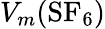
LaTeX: V_{m}(\mathrm{SF_{6}})